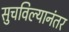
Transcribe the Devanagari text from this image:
सुचविल्यानंतर